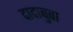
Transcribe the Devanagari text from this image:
दादाबुवा